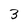
Character: 3